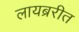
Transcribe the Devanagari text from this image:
लायब्ररीत